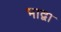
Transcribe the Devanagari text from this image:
भाद्वा